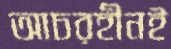
আচরহীনই